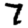
Digit: 7